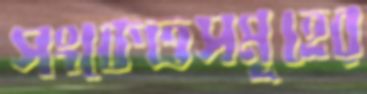
সংকেতসমূহের